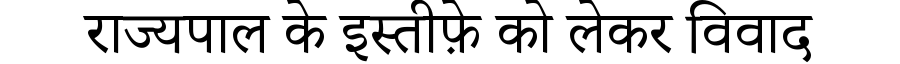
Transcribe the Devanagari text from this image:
राज्यपाल के इस्तीफ़े को लेकर विवाद